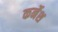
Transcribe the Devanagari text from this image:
कर्नेश